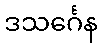
ဒသင်္ဂေန